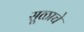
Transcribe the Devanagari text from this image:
सूळाचे